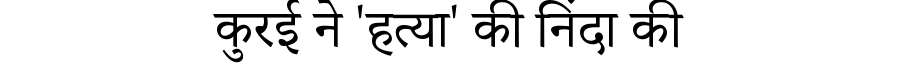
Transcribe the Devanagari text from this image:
कुरई ने 'हत्या' की निंदा की